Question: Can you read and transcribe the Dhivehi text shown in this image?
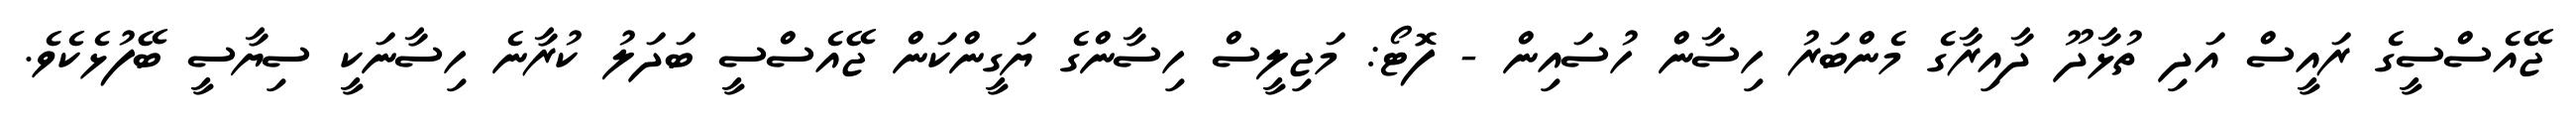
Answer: ޖޭއެސްސީގެ ރައީސް އަދި ތުޅާދޫ ދާއިރާގެ މެންބަރު ހިސާން ހުސައިން - ފޮޓޯ: މަޖިލީސް ހިސާންގެ ޔަގީންކަން ޖޭއެސްސީ ބަދަލު ކުރާނެ ހިސާނަކީ ސިޔާސީ ބޭފުޅެކެވެ.